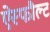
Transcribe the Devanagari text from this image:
ऐस्फौल्ट